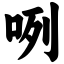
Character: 咧